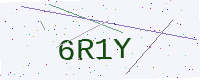
Text: 6R1Y